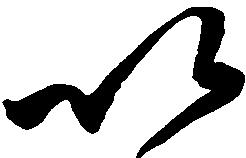
以